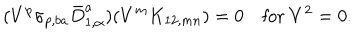
( V ^ { p } \sigma _ { p , b a } \bar { D } _ { 1 , \alpha } ^ { a } ) ( V ^ { m } K _ { 1 2 , m n } ) = 0 \quad \mathrm { f o r ~ } V ^ { 2 } = 0 .